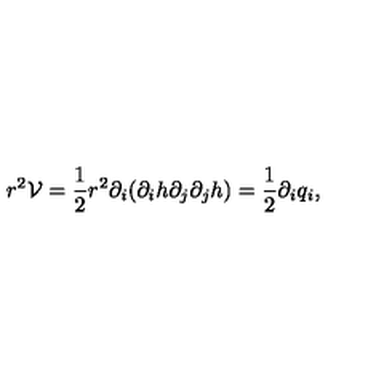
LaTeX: r ^ { 2 } { \mathcal { V } } = \frac { 1 } { 2 } r ^ { 2 } \partial _ { i } ( \partial _ { i } h \partial _ { j } \partial _ { j } h ) = \frac { 1 } { 2 } \partial _ { i } q _ { i } ,